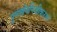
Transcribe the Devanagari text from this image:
पुनर्खननिजीकरण